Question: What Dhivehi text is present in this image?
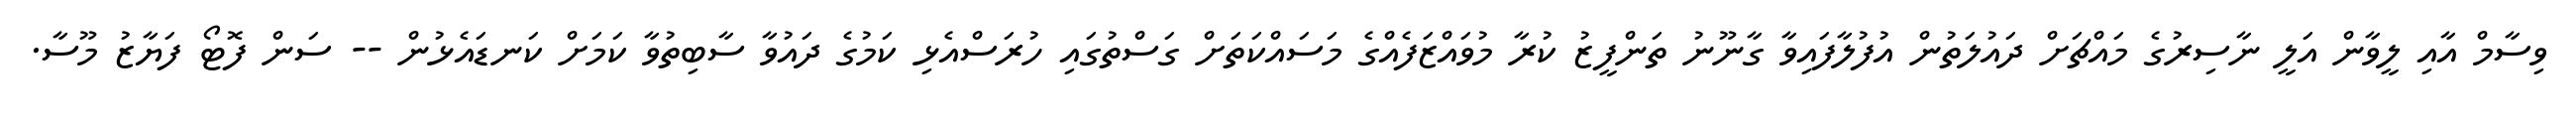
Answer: ވިސާމް އާއި ލީވާން އަލީ ނާސިރުގެ މައްޗަށް ދައުލަތުން އުފުލާފައިވާ ގާނޫނު ތަންފީޒު ކުރާ މުވައްޒަފެއްގެ މަސައްކަތަށް ގަސްތުގައި ހުރަސްއެޅި ކަމުގެ ދައުވާ ސާބިތުވާ ކަމަށް ކަނޑައެޅުން -- ސަން ފޮޓޯ ފަޔާޒު މޫސާ.